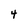
Character: 4